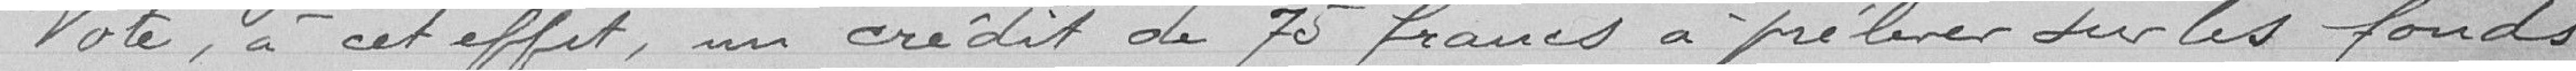
Vote, à cet effet, un crédit de 70 francs à prélever sur les fonds